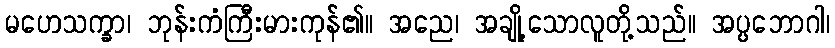
မဟေသက္ခာ၊ ဘုန်းကံကြီးမားကုန်၏။ အညေ၊ အချို့သောလူတို့သည်။ အပ္ပဘောဂါ၊